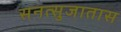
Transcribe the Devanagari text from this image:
सनत्सुजातास